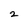
Character: 2